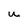
Character: u